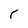
Character: r